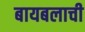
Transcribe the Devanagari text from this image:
बायबलाची